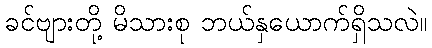
ခင်ဗျားတို့ မိသားစု ဘယ်နှယောက်ရှိသလဲ။